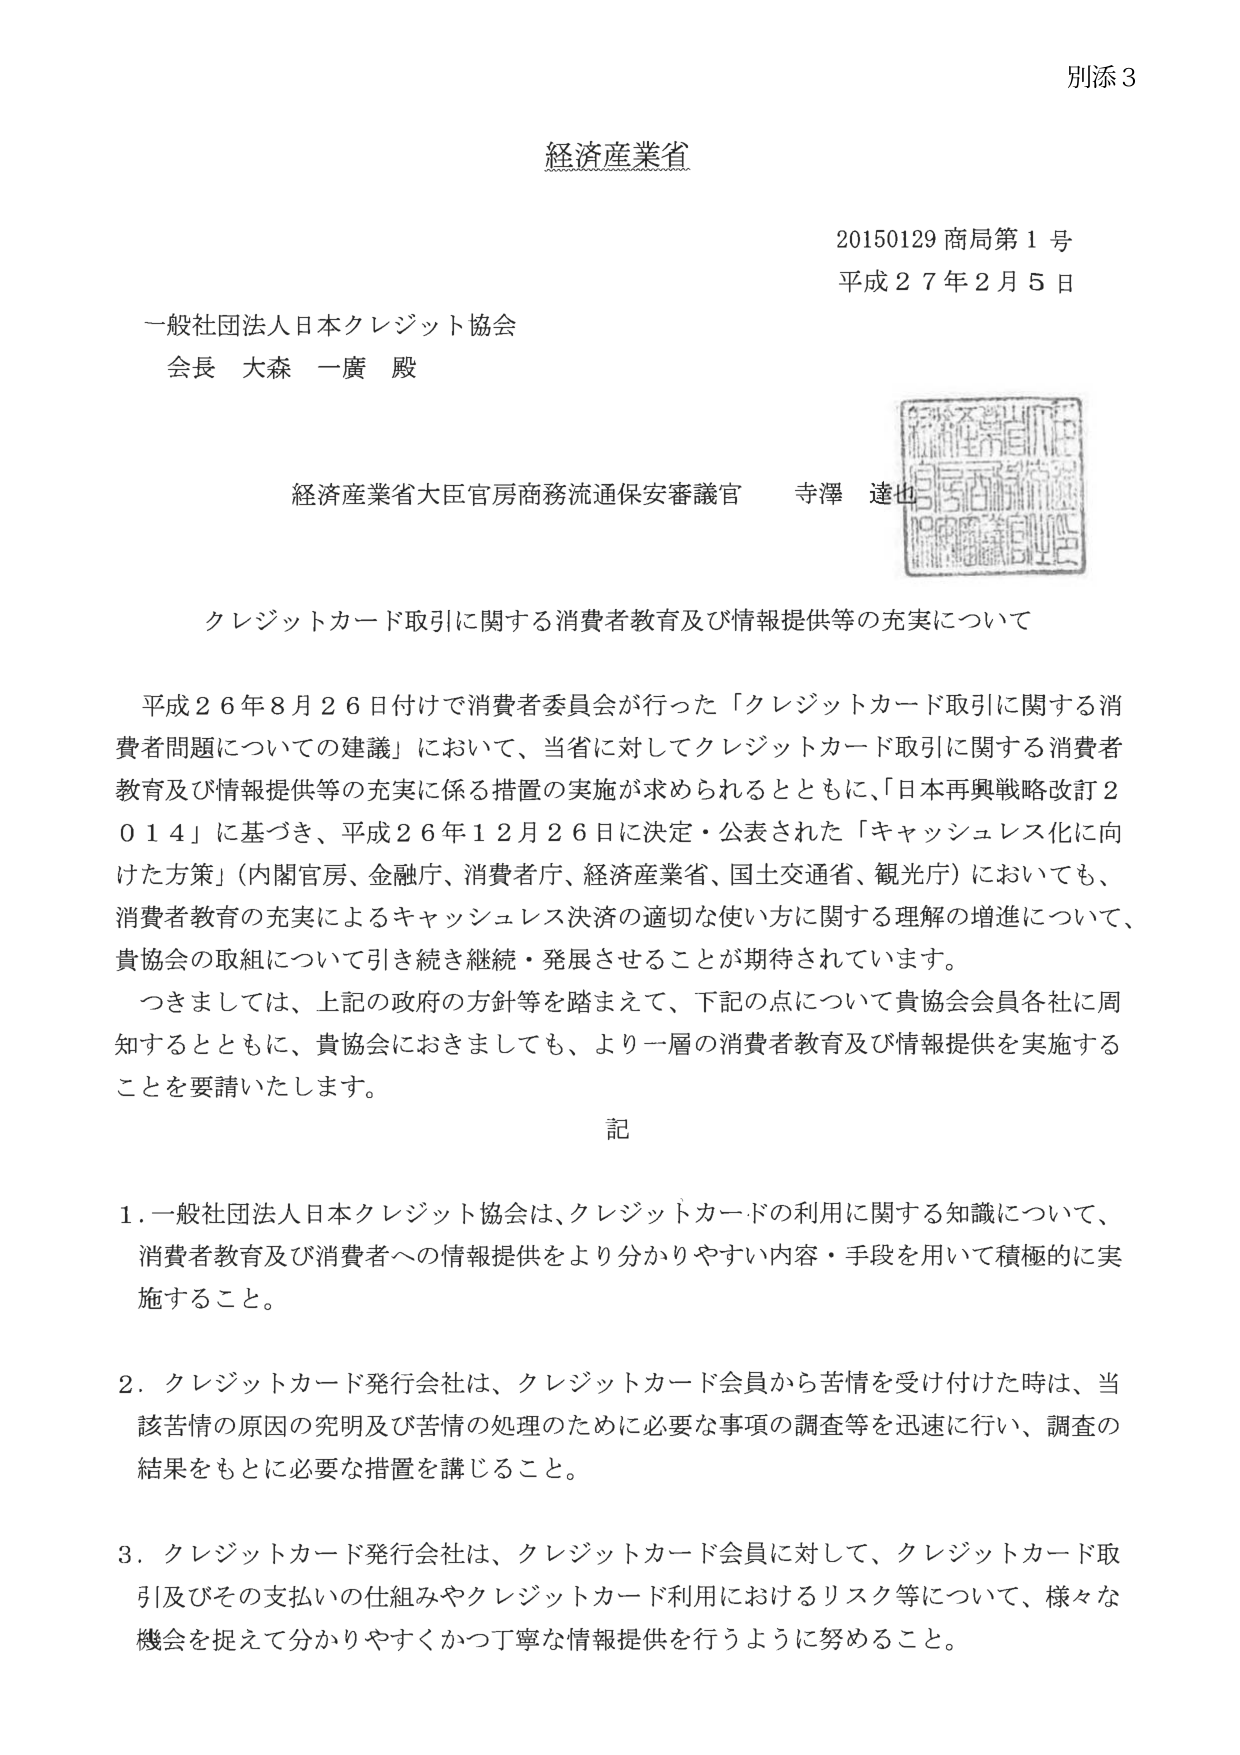
別添3

経済産業省

20150129 商局第1号
平成27年2月5日

一般社団法人日本クレジット協会
会長 大森 一廣 殿

経済産業省大臣官房商務流通保安審議官 寺澤 達也

クレジットカード取引に関する消費者教育及び情報提供等の充実について

平成26年8月26日付けで消費者委員会が行った「クレジットカード取引に関する消費者問題についての建議」において、当省に対してクレジットカード取引に関する消費者教育及び情報提供等の充実に係る措置の実施が求められるとともに、「日本再興戦略改訂2014」に基づき、平成26年12月26日に決定・公表された「キャッシュレス化に向けた方策」（内閣官房、金融庁、消費者庁、経済産業省、国土交通省、観光庁）においても、消費者教育の充実によるキャッシュレス決済の適切な使い方に関する理解の増進について、貴協会の取組について引き続き継続・発展させることが期待されています。

つきましては、上記の政府の方針等を踏まえて、下記の点について貴協会会員各社に周知するとともに、貴協会におきましても、より一層の消費者教育及び情報提供を実施することを要請いたします。

記

1. 一般社団法人日本クレジット協会は、クレジットカードの利用に関する知識について、消費者教育及び消費者への情報提供をより分かりやすい内容・手段を用いて積極的に実施すること。

2. クレジットカード発行会社は、クレジットカード会員から苦情を受け付けた時は、当該苦情の原因の究明及び苦情の処理のために必要な事項の調査等を迅速に行い、調査の結果をもとに必要な措置を講じること。

3. クレジットカード発行会社は、クレジットカード会員に対して、クレジットカード取引及びその支払いの仕組みやクレジットカード利用におけるリスク等について、様々な機会を捉えて分かりやすくかつ丁寧な情報提供を行うように努めること。